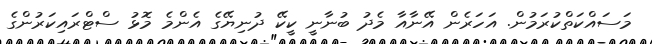
މަސައްކަތްކުރަމުން. އަހަރެން އޭނާއާ މެދު ބުނާނީ ކީކޭ ދުނިޔޭގެ އެންމެ މޮޅު ސްޓްރައިކަރުންގެ